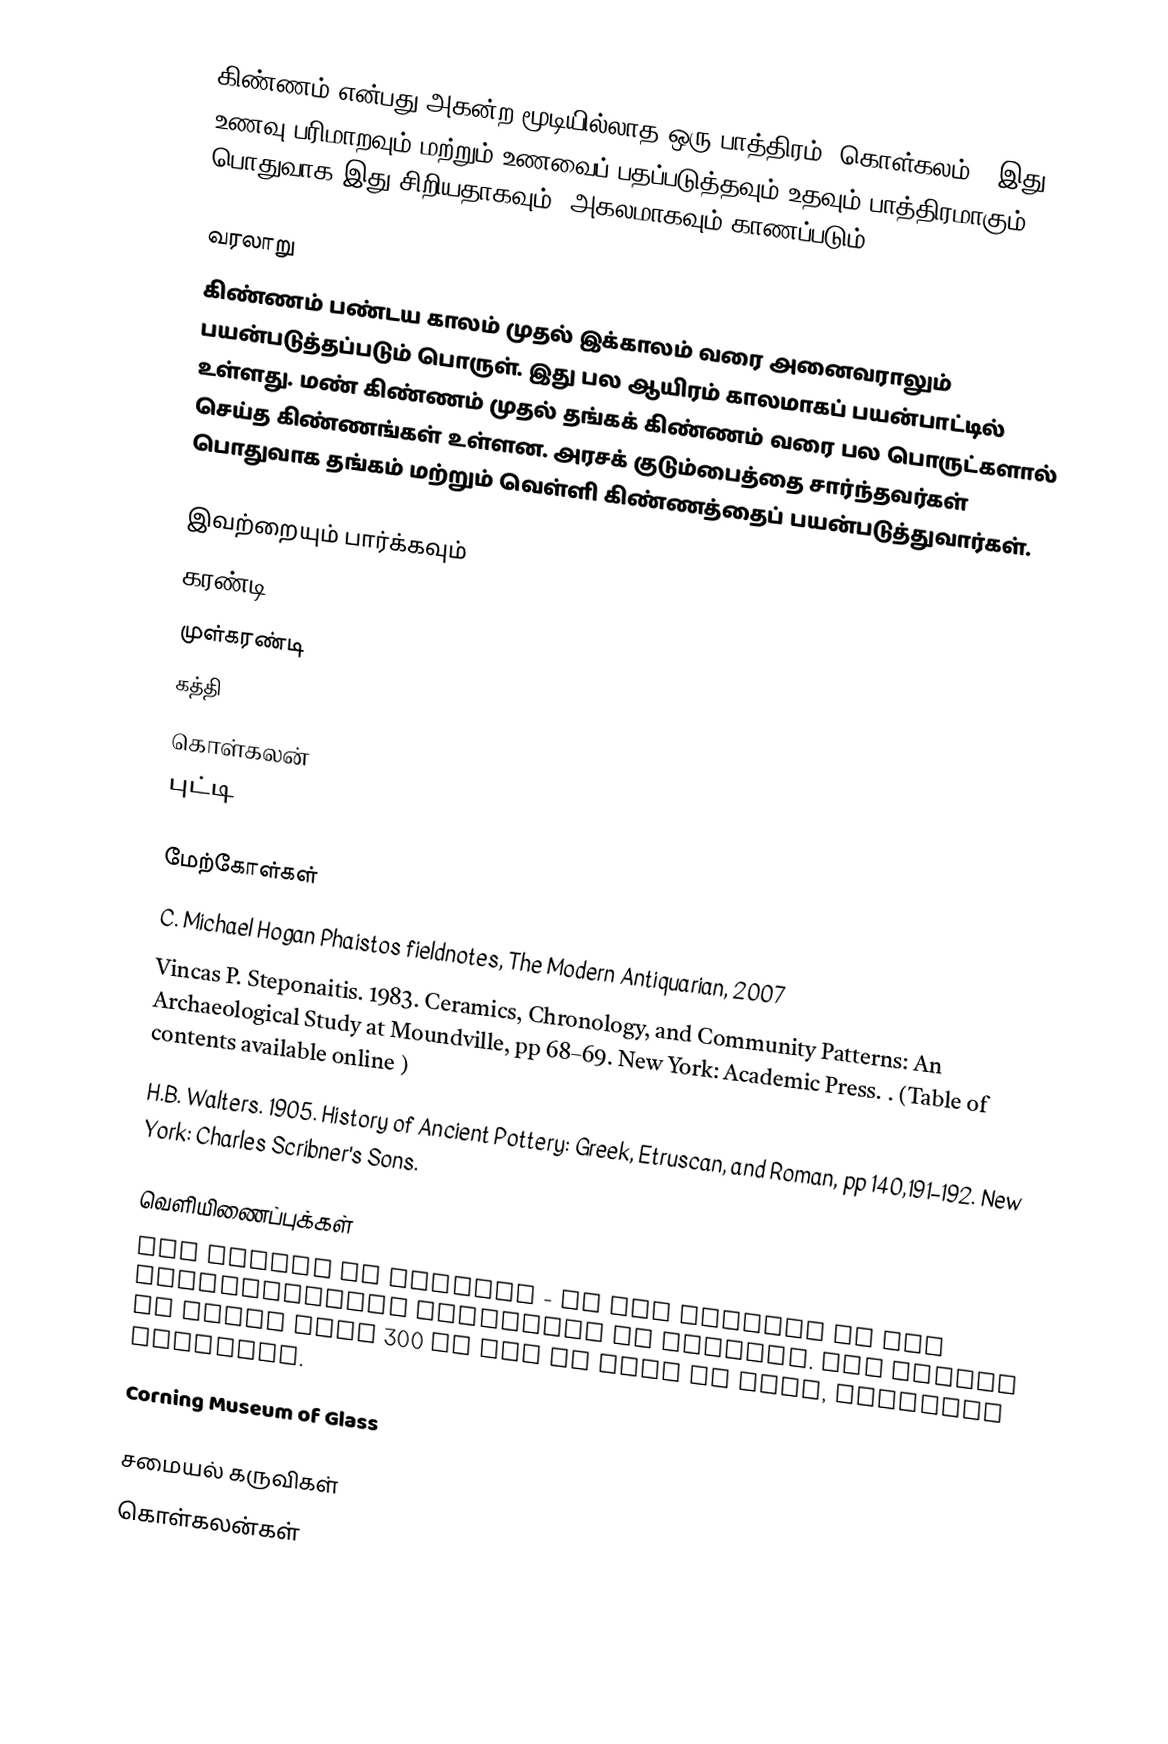
கிண்ணம் என்பது அகன்ற மூடியில்லாத ஒரு பாத்திரம் (கொள்கலம்). இது  உணவு பரிமாறவும் மற்றும் உணவைப் பதப்படுத்தவும் உதவும் பாத்திரமாகும். பொதுவாக இது சிறியதாகவும், அகலமாகவும் காணப்படும்.

வரலாறு
கிண்ணம் பண்டய காலம் முதல் இக்காலம் வரை அனைவராலும் பயன்படுத்தப்படும் பொருள். இது பல ஆயிரம் காலமாகப் பயன்பாட்டில் உள்ளது. மண் கிண்ணம் முதல் தங்கக் கிண்ணம் வரை பல பொருட்களால் செய்த கிண்ணங்கள் உள்ளன. அரசக் குடும்பைத்தை சார்ந்தவர்கள் பொதுவாக தங்கம் மற்றும் வெள்ளி கிண்ணத்தைப் பயன்படுத்துவார்கள்.

இவற்றையும் பார்க்கவும்
கரண்டி
முள்கரண்டி
கத்தி
கொள்கலன்
புட்டி

மேற்கோள்கள்
 C. Michael Hogan  Phaistos fieldnotes, The Modern Antiquarian, 2007
 Vincas P. Steponaitis. 1983. Ceramics, Chronology, and Community Patterns: An Archaeological Study at Moundville, pp 68–69. New York: Academic Press. . (Table of contents available online )
 H.B. Walters. 1905. History of Ancient Pottery: Greek, Etruscan, and Roman, pp 140,191–192. New York: Charles Scribner's Sons.

வெளியிணைப்புக்கள்
The Phiale of Achyris - On the website of the Archeological Institute of America. The Phiale is dated from 300 BC and is made of gold, includes pictures.
Corning Museum of Glass

சமையல் கருவிகள்
கொள்கலன்கள்

nl:Kom